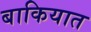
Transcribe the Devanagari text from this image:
बाकियात